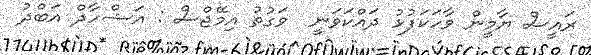
ރައީސް ޔާމީން ވާހަކަފުޅު ދައްކަވަނީ  ވަގުތު އިމޭޖްސް : އަޝްހާދް އަބްދު